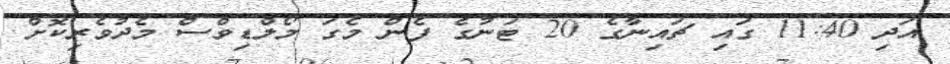
އަދި 11:40 ގައި ޗައިނާގެ 20 ޓަނުގެ ފެން މެގަ މޯލްޑިވްސް މެދުވެރިކޮށް